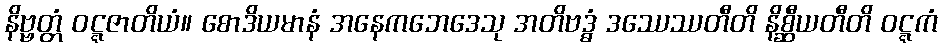
နိဗ္ဗတ္တံ ဝဋ္ဋဇာတိယံ။ စောဒိယမာနံ အနေကဘေဒေသု အတိဗဒ္ဓံ ဒဿေဿတီတိ နိစ္ဆီယတီတိ ဝဋ္ဋကံ